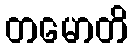
တမောတိ